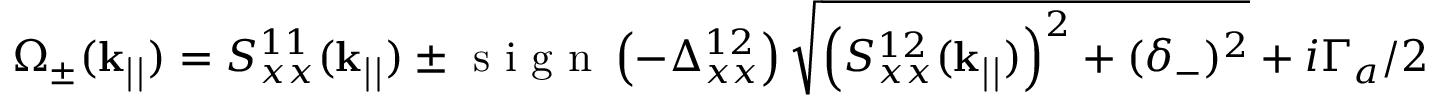
\Omega _ { \pm } ( \mathbf { k _ { | | } } ) = { S } _ { x x } ^ { 1 1 } ( \mathbf { k _ { | | } } ) \pm \textrm { s i g n } \left( - \Delta _ { x x } ^ { 1 2 } \right) \sqrt { \left( { S } _ { x x } ^ { 1 2 } ( \mathbf { k _ { | | } } ) \right) ^ { 2 } + ( \delta _ { - } ) ^ { 2 } } + i \Gamma _ { a } / 2